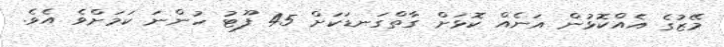
މޭޒުގެ އެއްކޮޅުން އަނެއް ކޮޅަށް ގާތްގަނޑަކަށް 45 ފޫޓު ހުންނަ ކަމަށްވެ އެވެ.